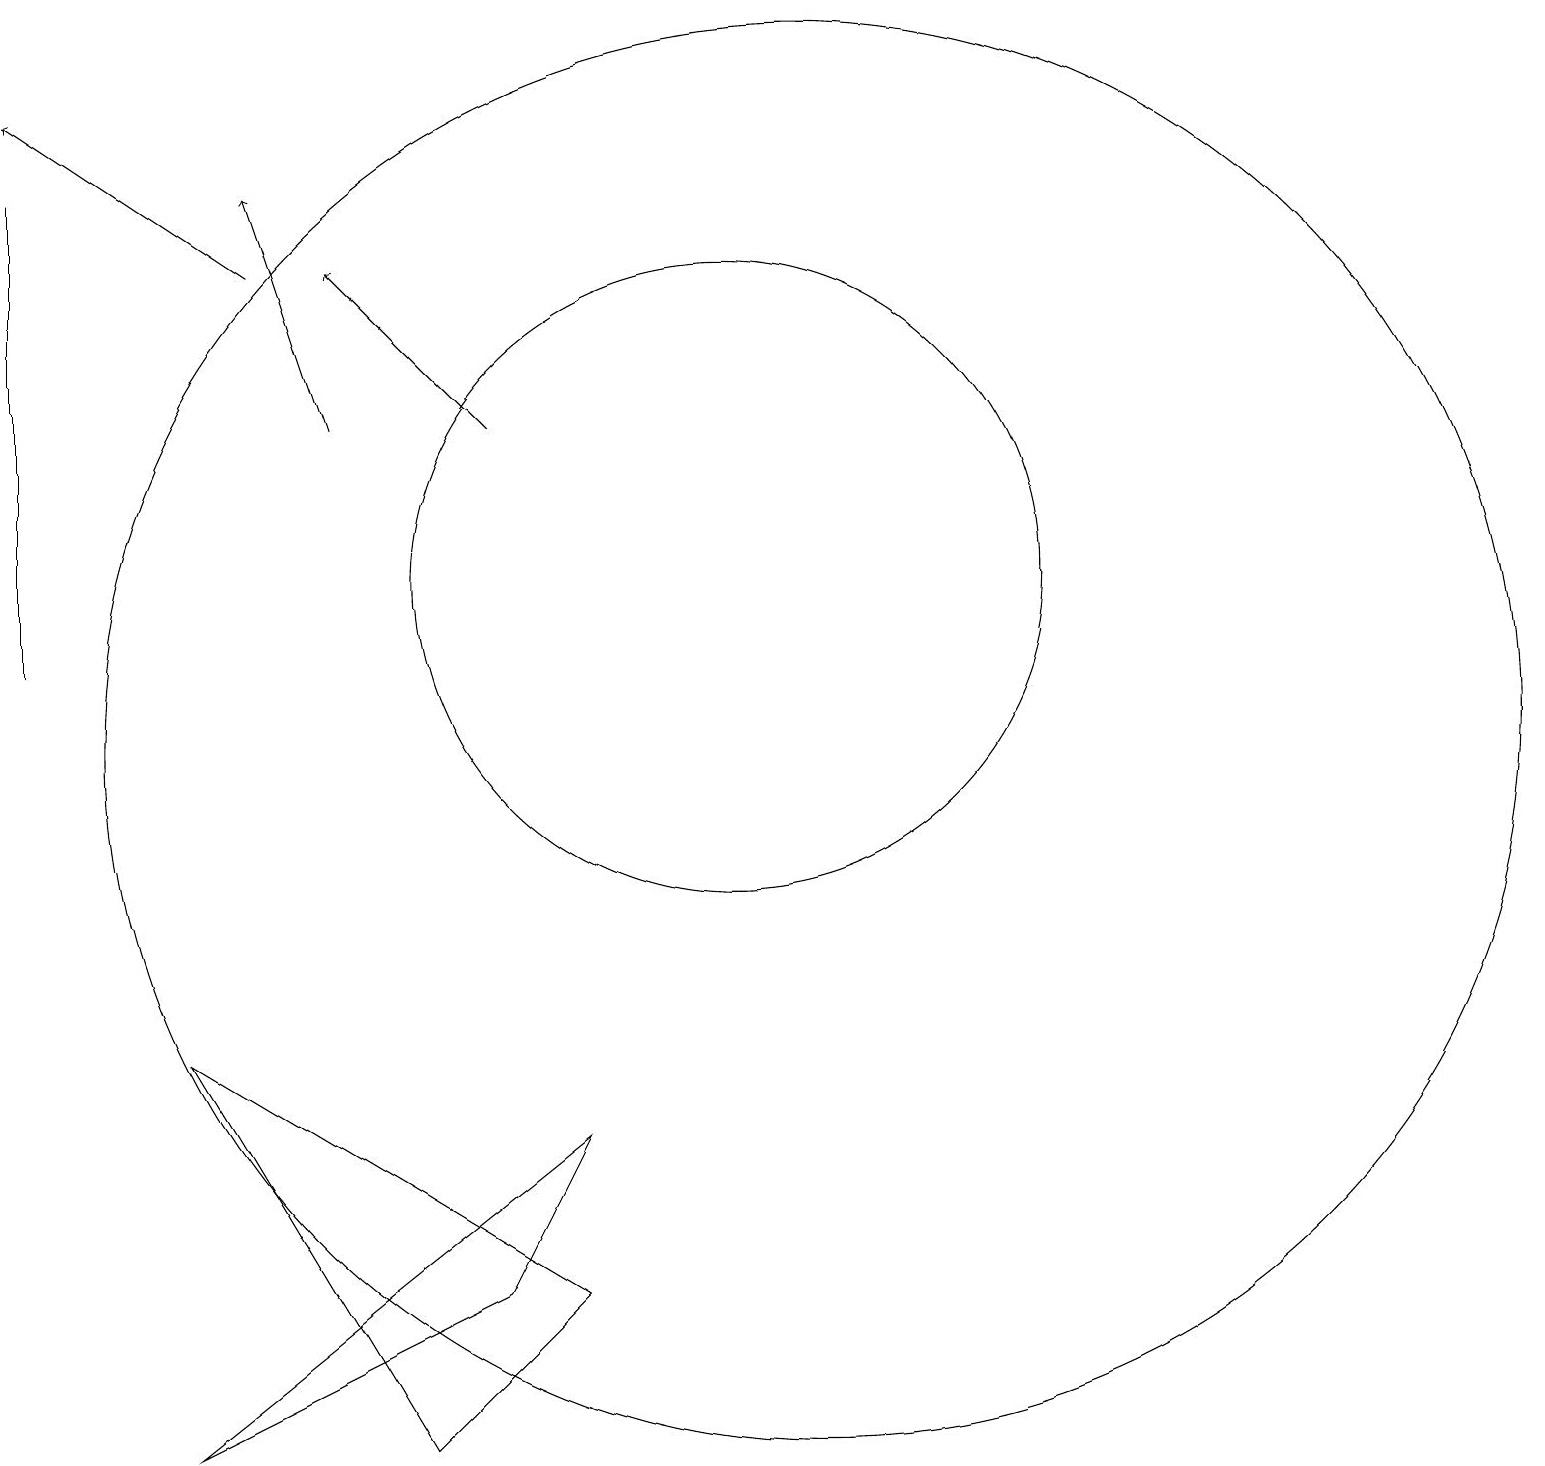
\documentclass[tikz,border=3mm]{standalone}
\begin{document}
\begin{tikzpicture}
\draw (2,11) rectangle (2,17);
\draw[->] (5,16) -- (2,18);
\draw (4,6) -- (7,1) -- (9,3) -- cycle;
\draw (12,10) circle (9);
\draw[->] (6,14) -- (5,17);
\draw (8,3) -- (4,1) -- (9,5) -- cycle;
\draw (11,12) circle (4);
\draw[->] (8,14) -- (6,16);
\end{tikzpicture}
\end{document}